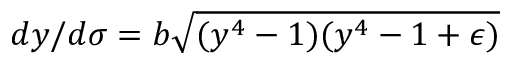
d y / d \sigma = b \sqrt { ( y ^ { 4 } - 1 ) ( y ^ { 4 } - 1 + \epsilon ) }